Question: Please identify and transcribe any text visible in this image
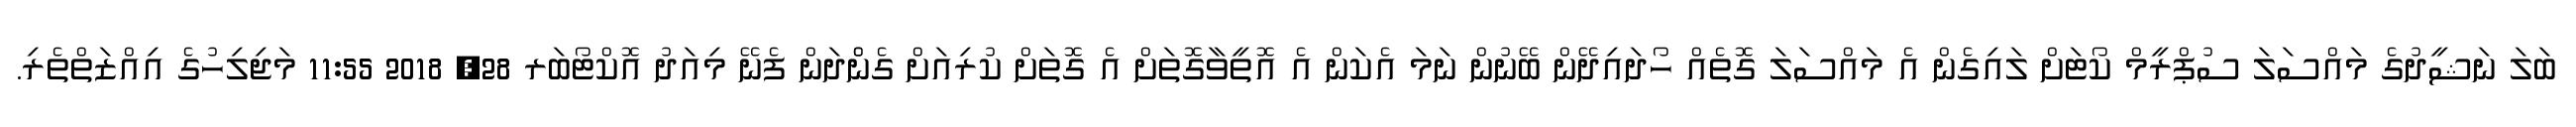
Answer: ބަލަ ނަޝީދުގެ މައްސަލަ ސުޕްރީމް ކޯޓަށް ލައިގެން އެ މައްސަލަ ގޮތެއް ހޯދައިދޭން ބޭނުން ނަމަ އެކަން އެ އޮތީވާގޮތަށް އެ ގޮތަށް ކުރިއަށް ގެންެދަން ފެނޭ މިއަދު އޮކްޓޯބަރ 28, 2018 11:55 މަޖިލިހުގެ އިއްޒަތްތެރި.